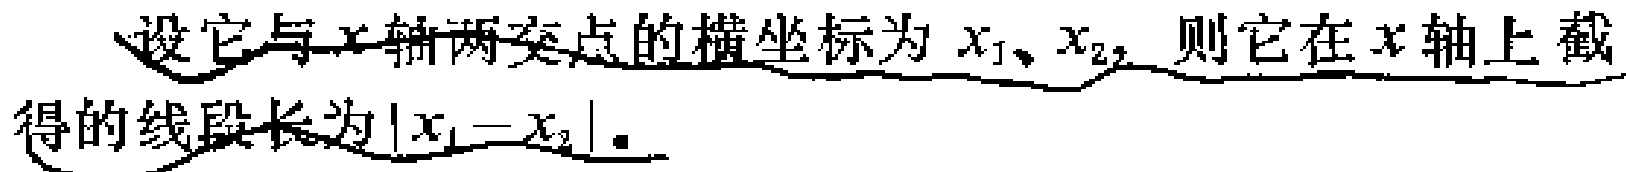
设它与\(x\)轴两交点的横坐标为\(x_{1}\)、\(x_{2}\)，则它在\(x\)轴上截得的线段长为\(\vert x_{1}-x_{2}\vert\)。